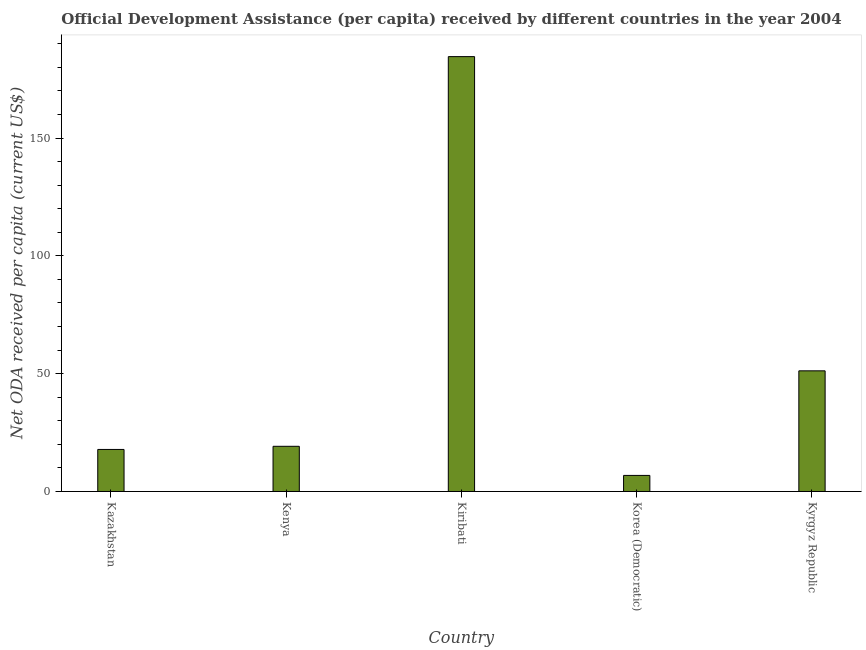
| Country | Net ODA received per capita |
 | --- | --- |
 | Kazakhstan | 17.8 |
 | Kenya | 19.2 |
 | Kiribati | 185 |
 | Korea (Democratic) | 6.82 |
 | Kyrgyz Republic | 51.2 |